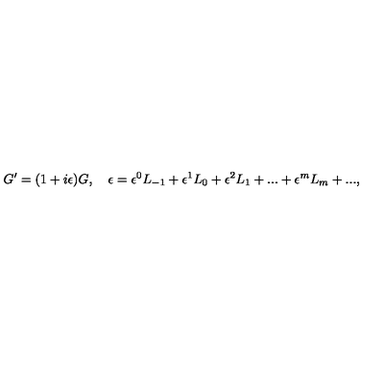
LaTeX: G ^ { \prime } = ( 1 + i \epsilon ) G , \quad \epsilon = \epsilon ^ { 0 } L _ { - 1 } + { \epsilon ^ { 1 } } L _ { 0 } + { \epsilon ^ { 2 } } L _ { 1 } + . . . + { \epsilon ^ { m } } L _ { m } + . . . ,